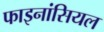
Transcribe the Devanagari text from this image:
फाइनांसियल